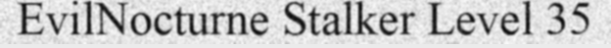
EvilNocturne Stalker Level 35